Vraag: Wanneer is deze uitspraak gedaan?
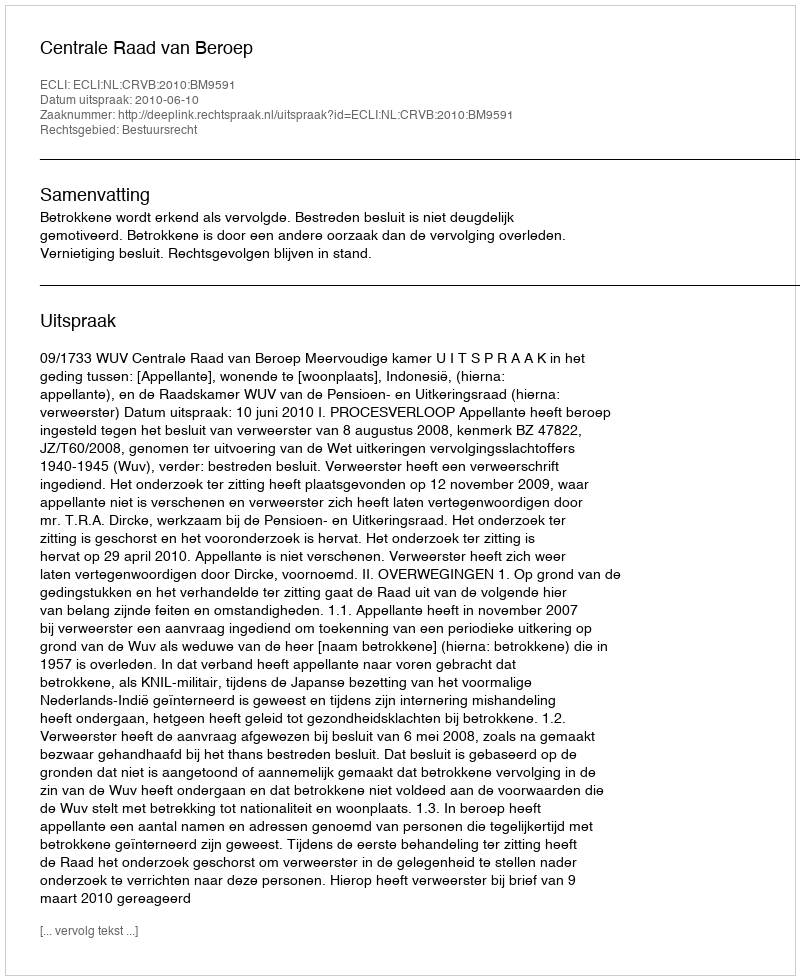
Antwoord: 2010-06-10